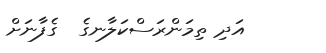
އަދި ތިމަންރަސްކަލާނގެ  ގެފާނަށް